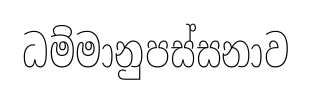
ධම්මානුපස්සනාව